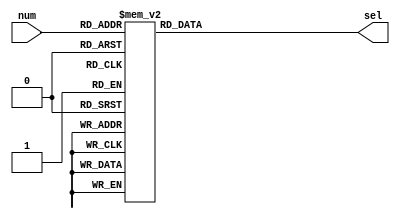
`timescale 1ns/1ps
module decoder3_8(num, sel);
    input  [2: 0] num;
    output reg [7:0] sel;
    always @(num) begin
        case(num)
            3'd0: sel = 8'b11111110;
            3'd1: sel = 8'b11111101;
            3'd2: sel = 8'b11111011;
            3'd3: sel = 8'b11110111;
            3'd4: sel = 8'b11101111;
            3'd5: sel = 8'b11011111;
            3'd6: sel = 8'b10111111;
            3'd7: sel = 8'b01111111;
            default: sel = 8'b11111111;
        endcase
    end
endmodule